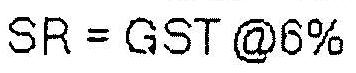
SR = GST @6%